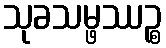
သုခသမ္ဖဿဉ္စ